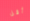
أقل